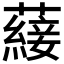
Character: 𮒕